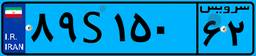
۴۲S۷۸۸۱۵